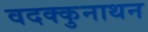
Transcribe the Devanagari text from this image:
वदक्कुनाथन